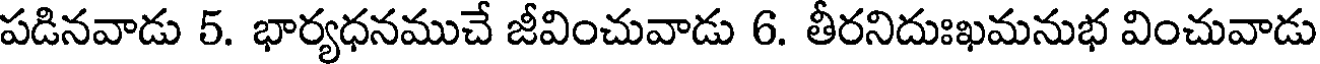
పడినవాడు 5. భార్యధనముచే జీవించువాడు 6. తీరనిదుఃఖమనుభ వించువాడు